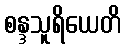
စန္ဒသူရိယေတိ